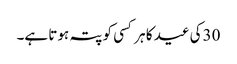
30کی عید کا ہر کسی کو پتہ ہوتا ہے۔